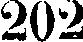
202